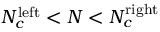
N _ { c } ^ { \mathrm { l e f t } } < N < N _ { c } ^ { \mathrm { r i g h t } }